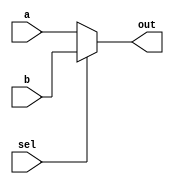
module mux_2to1 (
    input wire a, // first input signal
    input wire b, // second input signal
    input wire sel, // select signal
    output reg out // output signal
);

always @(*) begin
    if(sel == 1'b0) begin
        out = a;
    end else begin
        out = b;
    end
end

endmodule